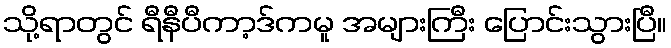
သို့ရာတွင် ရီနီပီကာ့ဒ်ကမူ အများကြီး ပြောင်းသွားပြီ။